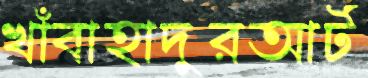
খাঁবাহাদুরআর্ট